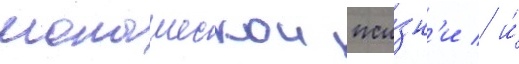
монашескои жи́зн'и / и́